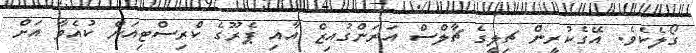
ގޯލެކެވެ. އޭގެކުރީން ޗިލީގެ ޗާލްސް އަރަންގުއިޒް އާއި ޕެރޫގެ ކްރިސްޓިއަން ކުއެވާ އަށް